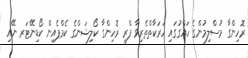
ރޮހިންގާ މުސްލިމުންގެ ހައްގުގައި ހަރަކާތްތެރިވާ ފްރީ ރޮހިންގާ ކޯލިޝަންގެ ކެމްޕެއިން ކޯޑިނޭޓަރ ނޭއި